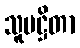
သူပဋ္ဌိတာ